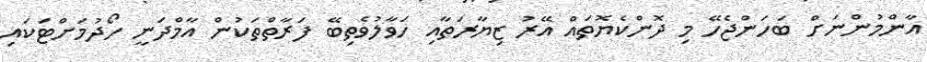
އާންމުންނަށް ބަހަންޖެހޭ މި ދޮންކެޔޮތައް އޭރު ޒިޔާރަތާއި ހަވާލުވެތިބޭ ފަރާތްތަކުން އާމްދަނީ ހޯދުމަށްޓަކައި